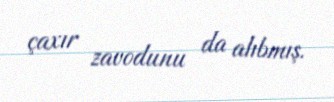
çaxır zavodunu da alıbmış.